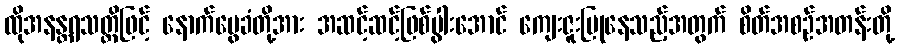
ထိုအနန္တရသတ္တိဖြင့် နောက်မွေခံတို့အား အဆင့်ဆင့်ဖြစ်ပွါးအောင် ကျေးဇူးပြုနေသည့်အတွက် စိတ်အစဉ်အတန်းတို့